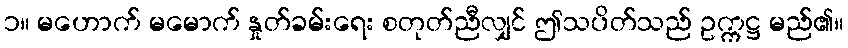
၁။ မဟောက် မမောက် နှုတ်ခမ်းရေး စတုတ်ညီလျှင် ဤသပိတ်သည် ဥက္ကဋ္ဌ မည်၏။